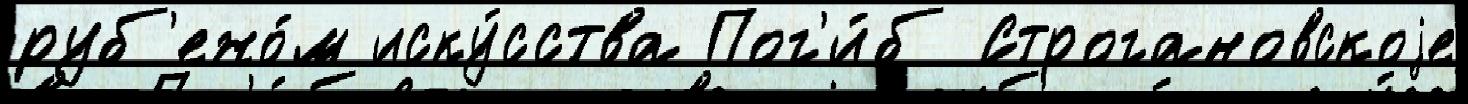
руб'ежо́м иску́сства Пог'и́б Строгановскоjе